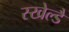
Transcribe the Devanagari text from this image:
स्खेल्डै